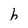
Character: h